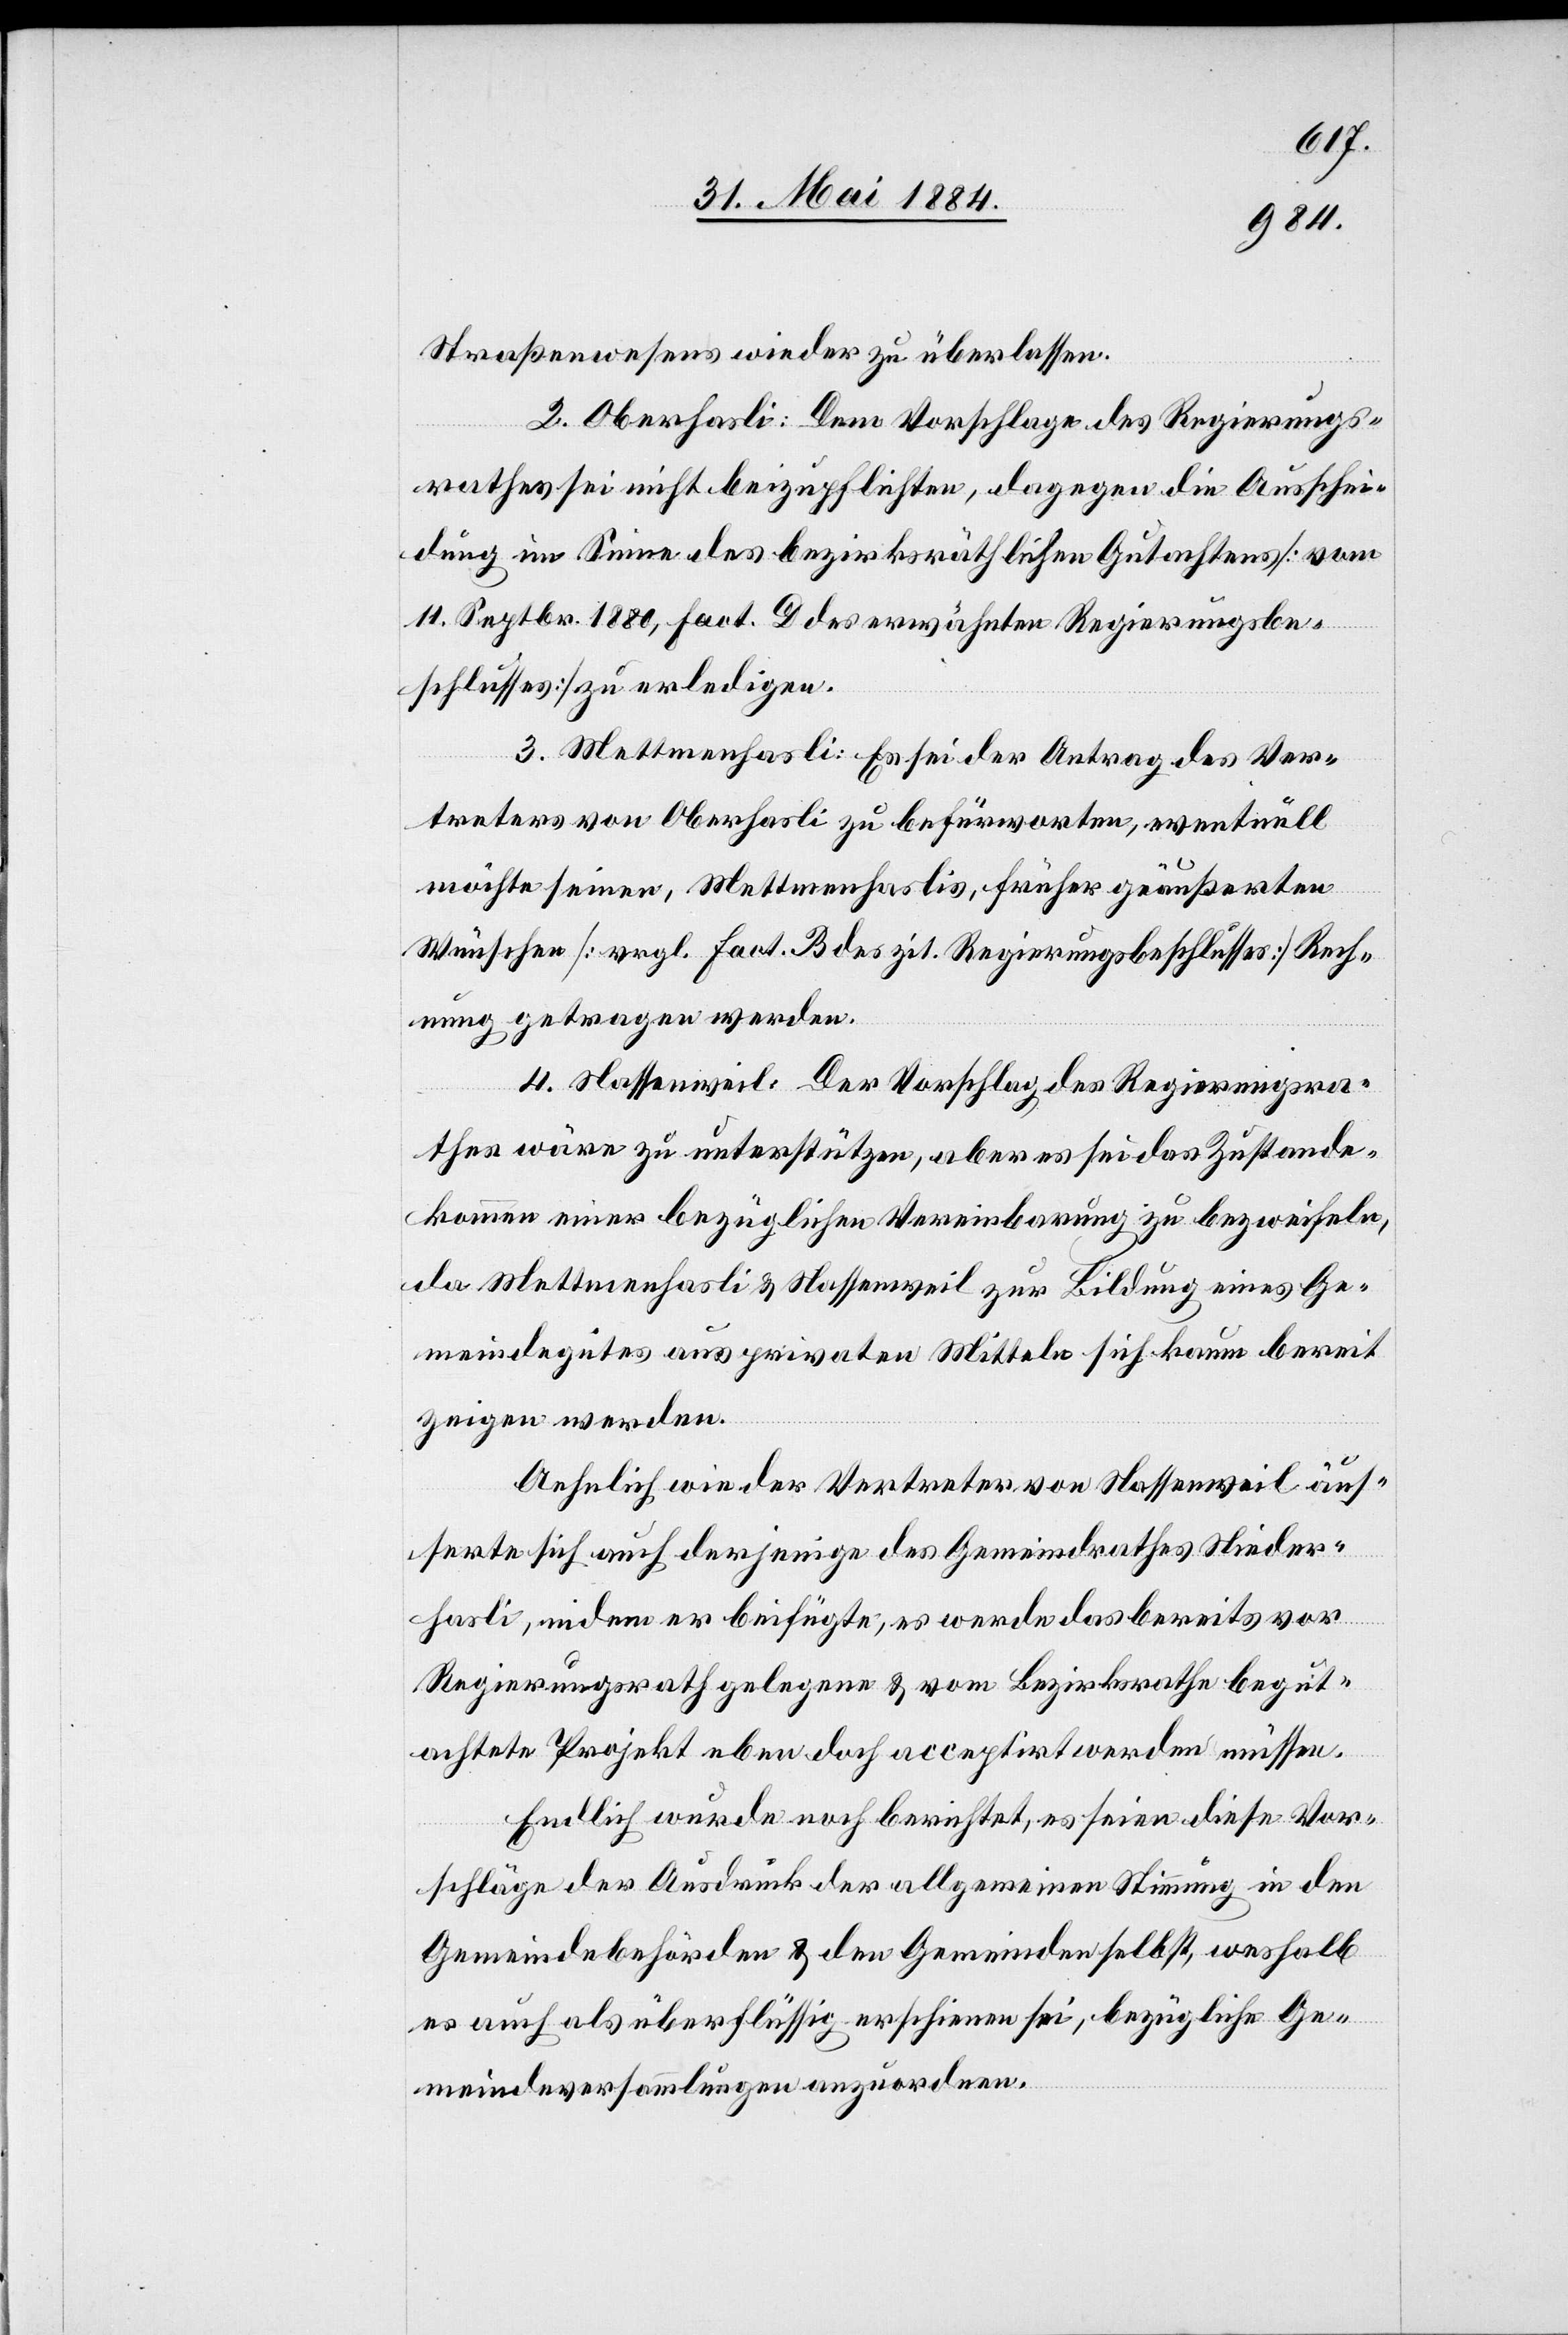
Straßenwesens wieder zu überlassen.
2. Oberhasli: Dem Vorschlage des Regierungs¬
rathes sei nicht beizupflichten, dagegen die Ausschei¬
dung im Sinne des bezirksräthlichen Gutachtens [vom
11. Septbr. 1880, fact. D des erwähnten Regierungsbe¬
schlusses] zu erledigen.
3. Mettmenhasli: Es sei der Antrag des Ver¬
treters von Oberhasli zu befürworten, eventuell
möchte seiner, Mettmenhaslis, früher geäußerten
Wünschen [vrgl. fact. B des zit. Regierungsbeschlusses] Rech¬
nung getragen werden.
4. Nassenweil: Der Vorschlag des Regierungsra¬
thes wäre zu unterstützen, aber es sei das Zustande¬
kommen einer bezüglichen Vereinbarung zu bezweifeln,
da Mettmenhasli & Nassenweil zur Bildung eines Ge¬
meindegutes aus privaten Mitteln sich kaum bereit
zeigen werden.
Aehnlich wie der Vertreter von Nassenweil äus¬
serte sich auch derjenige des Gemeindrathes Nieder¬
hasli, indem er beifügte, es werde das bereits vor
Regierungsrath gelegene & vom Bezirksrathe begut¬
achtete Projekt eben doch acceptirt werden müssen.
Endlich wurde noch berichtet, es seien diese Vor¬
schläge der Ausdruck der allgemeinen Meinung in den
Gemeindebehörden & den Gemeinden selbst, weshalb
es auch als überflüssig erschienen sei, bezügliche Ge¬
meindeversammlungen anzuordnen.